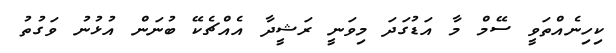
ކިހިނެއްތަވީ ސޭމް މާ އަޑުގަދަ މިވަނީ ރަޝީދާ އެއްޗެކޭ ބުނަން އުޅުނު ވަގުތު